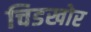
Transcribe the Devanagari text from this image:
चिडखोर